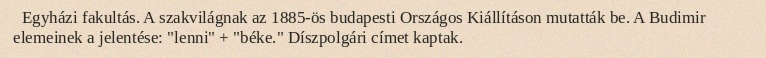
Egyházi fakultás. A szakvilágnak az 1885-ös budapesti Országos Kiállításon mutatták be. A Budimir elemeinek a jelentése: "lenni" + "béke." Díszpolgári címet kaptak.